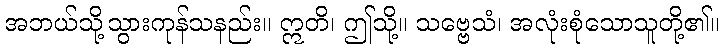
အဘယ်သို့သွားကုန်သနည်း။ ဣတိ၊ ဤသို့။ သဗ္ဗေသံ၊ အလုံးစုံသောသူတို့၏။